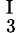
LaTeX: _{\mathrm{~3~}}^{\mathrm{~I~}}